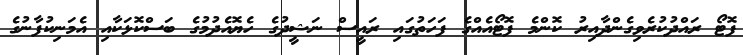
ފޮޓޯ ރައްދުކުރެވިގެންދާއިރު ކޮންމެ ފޮޓޯއެއްގެ ފަހަތުގައި ރައީސް ނަޝީދުގެ ހެޔޮއެދުމުގެ ބަސްކޮޅަކާއި އެމަނިކުފާނުގެ